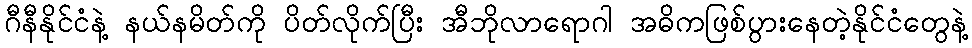
ဂီနီနိုင်ငံနဲ့ နယ်နမိတ်ကို ပိတ်လိုက်ပြီး အီဘိုလာရောဂါ အဓိကဖြစ်ပွားနေတဲ့နိုင်ငံတွေနဲ့